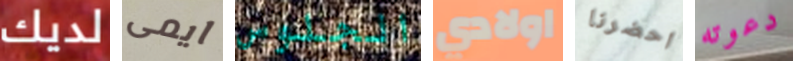
لديك ايمى الجلوس اولادي احضرنا دعوته